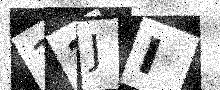
Text: 11JI